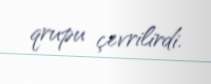
qrupu çevrilirdi.